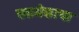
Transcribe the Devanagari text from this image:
एकमेकाचा